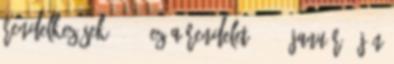
rendelkezések 30. § Ez a rendelet 2015. január 1-jén